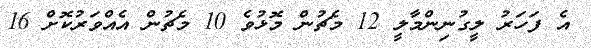
އެ ފަހަރު ލީގުނިންމާލީ 12 މެޗުން މޮޅުވެ 10 މެޗުން އެއްވަރުކޮށް 16